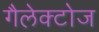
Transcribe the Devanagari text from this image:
गैलेक्टोज